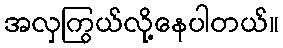
အလှကြွယ်လို့နေပါတယ်။